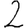
Digit: 2